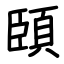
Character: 頣